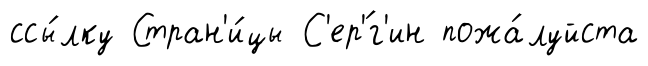
ссы́лку Стран'и́цы С'ер'́г'ин пожа́луйста